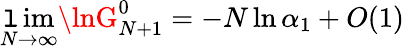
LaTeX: \operatorname*{\mathtt{l}im}_{N\rightarrow\infty}\lnG_{N+1}^{0}=-N\ln\alpha_{1}+O(1)